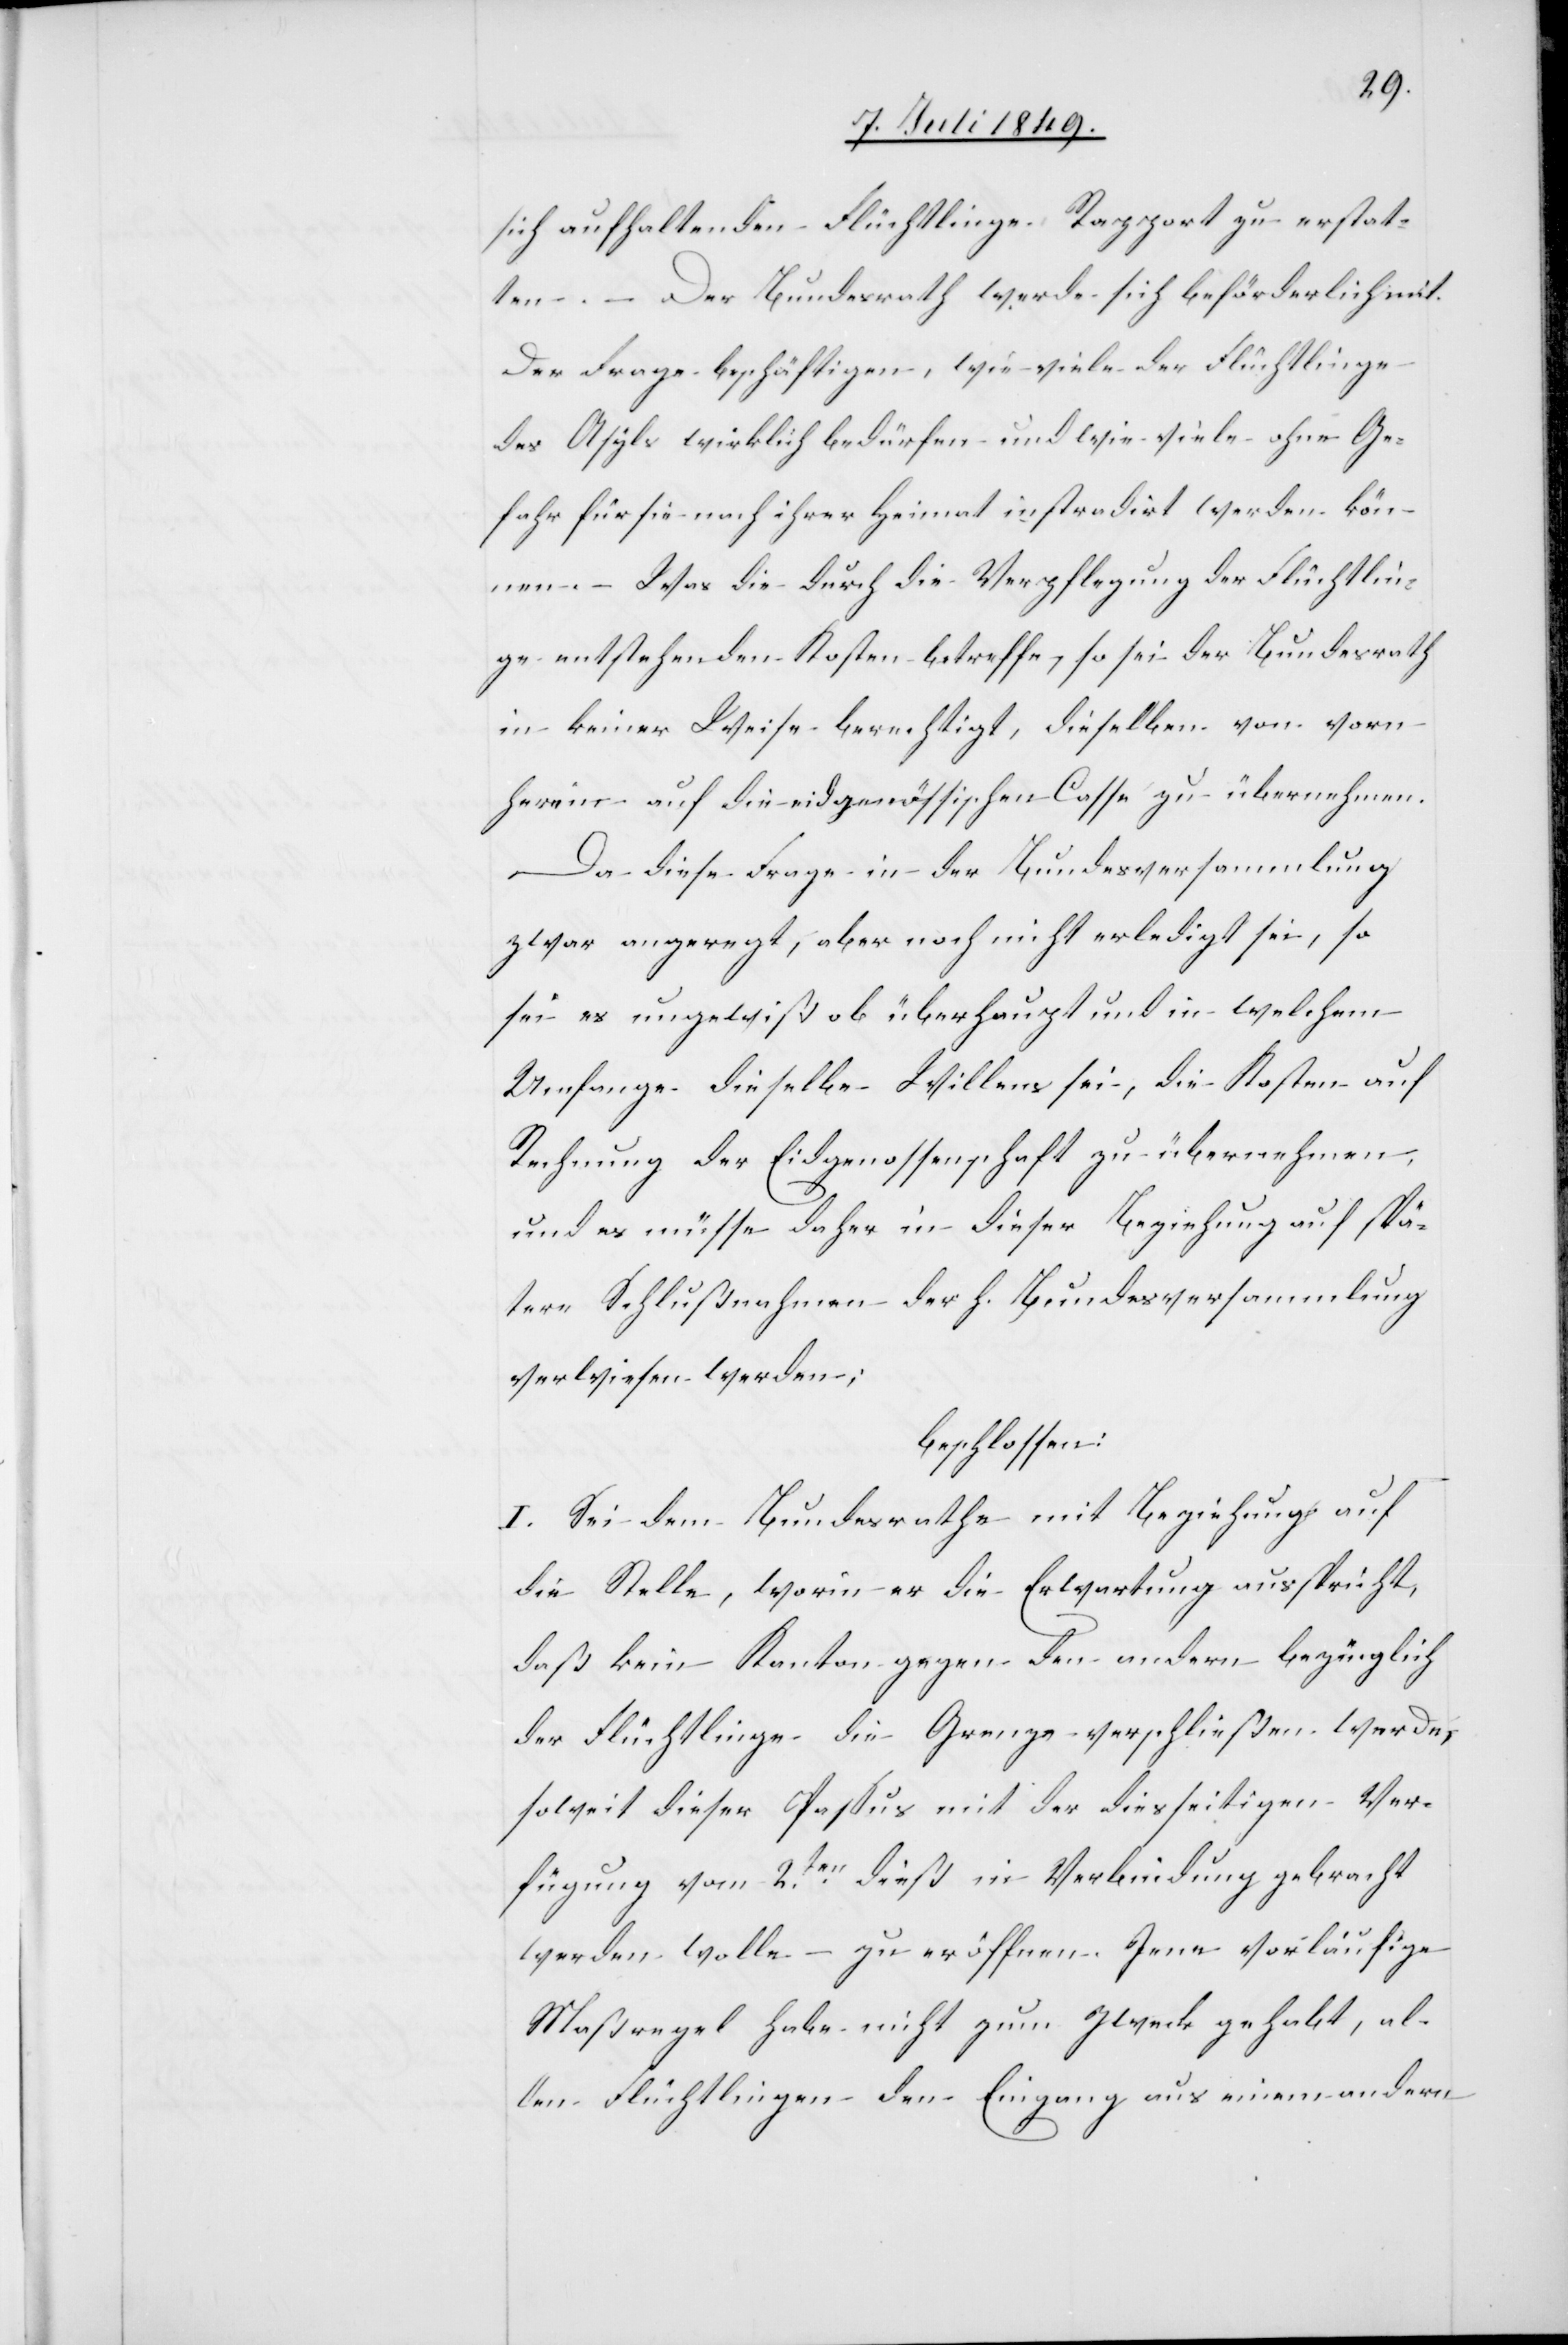
sich aufhaltenden Flüchtlinge Rapport zu erstat¬
ten. – Der Bundesrath werde sich beförderlich mit
der Frage beschäftigen, wie viele der Flüchtlinge
des Asyls wirklich bedürfen und wie viele ohne Ge¬
fahr für sie nach ihrer Heimat instradirt werden kön¬
nen. – Was die durch die Verpflegung der Flüchtlin¬
ge entstehenden Kosten betreffe, so sei der Bundesrath
in keiner Weise berechtigt, dieselben von vorn
herein auf die eidgenössischen Casse zu übernehmen.
Da diese Frage in der Bundesversammlung
zwar angeregt, aber noch nicht erledigt sei, so
sei es ungewiß ob überhaupt und in welchem
Umfange dieselbe Willens sei, die Kosten auf
Rechnung der Eidgenossenschaft zu übernehmen,
und es müsse daher in dieser Beziehung auf spä¬
tere Schlußnahmen der h. Bundesversammlung
verwiesen werden;
beschlossen:
I. Sei dem Bundesrathe mit Beziehung auf
die Stelle, worin er die Erwartung ausspricht,
daß kein Kanton gegen den andern bezüglich
der Flüchtlinge die Grenze verschließen werde,
soweit dieser Passus mit der diesseitigen Ver¬
fügung vom 2ten dieß in Verbindung gebracht
werden wolle – zu eröffnen. Jene vorläufige
Maßregel habe nicht zum Zweck gehabt, al¬
len Flüchtlingen den Eingang aus einem andern